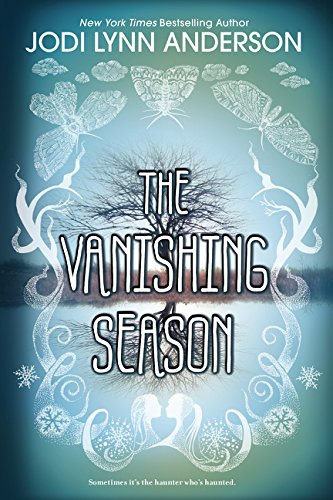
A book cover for The Vanishing Season; Jodi Lynn Anderson; Teen & Young Adult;